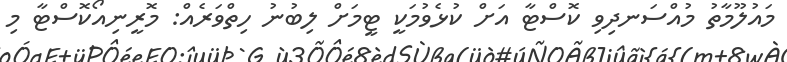
މައުލޫމާތު މުއްސަނދިވި ކޮސްޓާ އަށް ކުޅެވުމަކީ ޓީމަށް ލިބުނު ހިތްވަރެއް: މޮރީނިއޯކޮސްޓާ މި